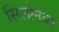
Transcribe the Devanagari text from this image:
सिलोनवर